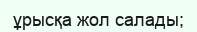
ұрысқа жол салады;